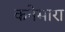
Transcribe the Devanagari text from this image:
कनेमारा